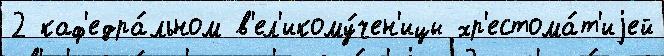
2 каф'едра́льном в'ел'икому́чен'ицы хр'естома́т'иjей